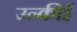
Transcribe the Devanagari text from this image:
उन्कीई